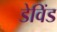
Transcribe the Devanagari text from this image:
डेविंड